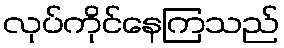
လုပ်ကိုင်နေကြသည်